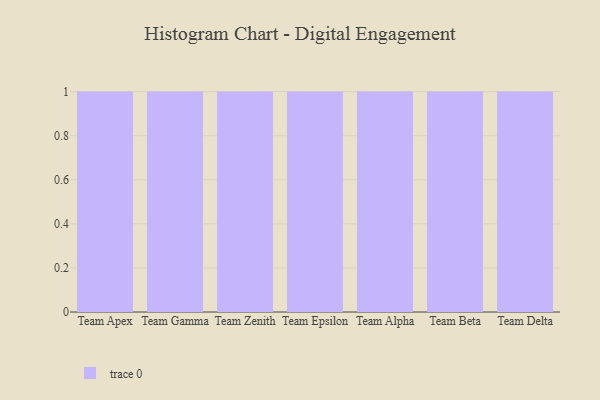
{"axis": {"x": "Team", "y": "Net Income (USD K)"}, "legend": [""], "data": [{"x": "Team Apex", "y": 53, "type": ""}, {"x": "Team Gamma", "y": 44, "type": ""}, {"x": "Team Zenith", "y": 29, "type": ""}, {"x": "Team Epsilon", "y": 47, "type": ""}, {"x": "Team Alpha", "y": 35, "type": ""}, {"x": "Team Beta", "y": 98, "type": ""}, {"x": "Team Delta", "y": 84, "type": ""}]}